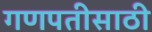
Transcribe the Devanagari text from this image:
गणपतीसाठी